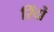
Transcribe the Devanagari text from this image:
रिंदों